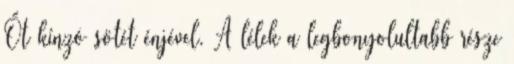
Őt kínzó sötét énjével. A lélek a legbonyolultabb része